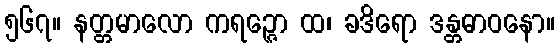
၅၆၇။ နတ္တမာလော ကရဉ္ဇော ထ၊ ခဒိရော ဒန္တဓာဝနော။